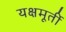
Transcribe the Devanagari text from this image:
यक्षमूर्ती